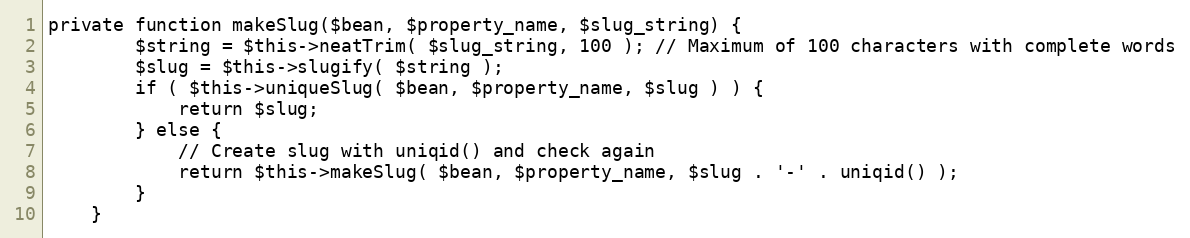
Language: PHP
private function makeSlug($bean, $property_name, $slug_string) {
		$string = $this->neatTrim( $slug_string, 100 ); // Maximum of 100 characters with complete words
		$slug = $this->slugify( $string );
		if ( $this->uniqueSlug( $bean, $property_name, $slug ) ) {
			return $slug;
		} else {
			// Create slug with uniqid() and check again
			return $this->makeSlug( $bean, $property_name, $slug . '-' . uniqid() );
		}
	}